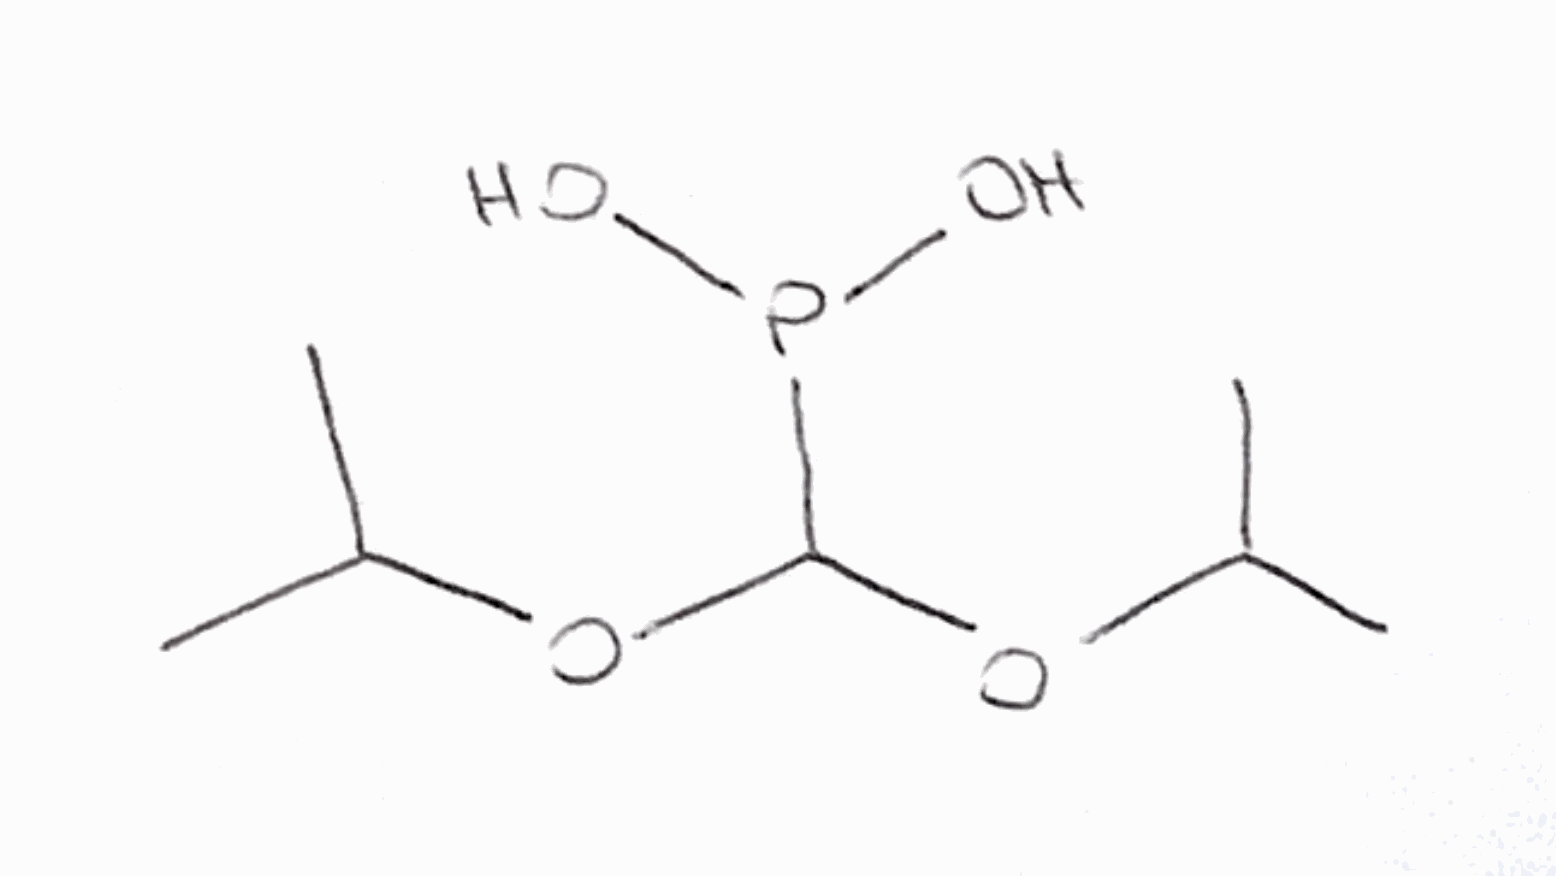
Simplified molecular-input line-entry system (SMILES) notation of the given molecule:
CC(C)OC(OC(C)C)P(O)O